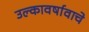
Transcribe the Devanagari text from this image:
उल्कावर्षावाचे